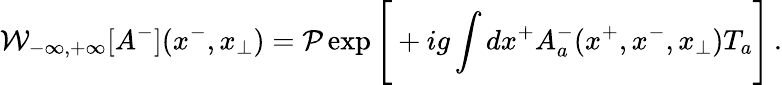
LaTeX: {\cal W}_{-\infty,+\infty}[A^{-}](x^{-},x_{\perp})={\cal P}\exp\Bigg[+ig\int dx^{+}A_{a}^{-}(x^{+},x^{-},x_{\perp})T_{a}\Bigg]\, .